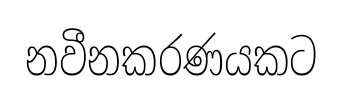
නවීනකරණයකට